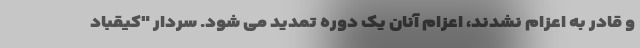
و قادر به اعزام نشدند، اعزام آنان یک دوره تمدید می شود. سردار "کیقباد